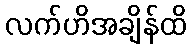
လက်ဟိအချိန်ထိ